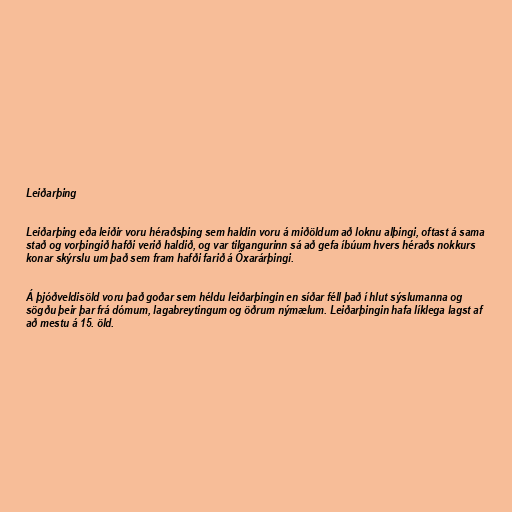
Leiðarþing

Leiðarþing eða leiðir voru héraðsþing sem haldin voru á miðöldum að loknu alþingi, oftast á sama
stað og vorþingið hafði verið haldið, og var tilgangurinn sá að gefa íbúum hvers héraðs nokkurs
konar skýrslu um það sem fram hafði farið á Öxarárþingi.

Á þjóðveldisöld voru það goðar sem héldu leiðarþingin en síðar féll það í hlut sýslumanna og
sögðu þeir þar frá dómum, lagabreytingum og öðrum nýmælum. Leiðarþingin hafa líklega lagst af
að mestu á 15. öld.